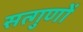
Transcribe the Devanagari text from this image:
सत्गुणों